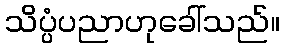
သိပ္ပံပညာဟုခေါ်သည်။